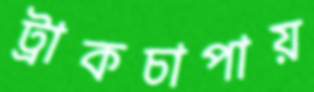
ট্রাকচাপায়